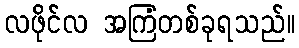
လဖိုင်လ အကြံတစ်ခုရသည်။